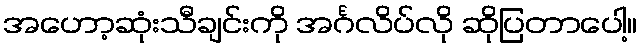
အဟော့ဆုံးသီချင်းကို အင်္ဂလိပ်လို ဆိုပြတာပေါ့။